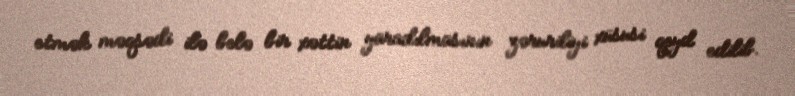
etmək məqsədi ilə belə bir xəttin yaradılmasının zəruriliyi xüsusi qeyd edilib.